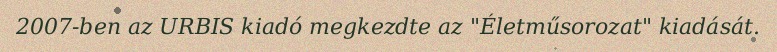
2007-ben az URBIS kiadó megkezdte az "Életműsorozat" kiadását.